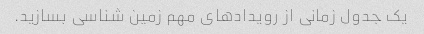
یک جدول زمانی از رویدادهای مهم زمین شناسی بسازید.